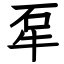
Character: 㸴